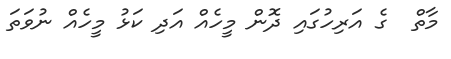
މާތް  ގެ އަރިހުގައި ދޮން މީހެއް އަދި ކަޅު މީހެއް ނުވަތަ